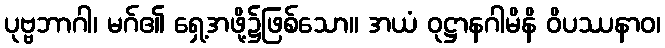
ပုဗ္ဗဘာဂါ၊ မဂ်၏ ရှေ့အဖို့၌ဖြစ်သော။ အယံ ဝုဋ္ဌာနဂါမိနိ ဝိပဿနာဝ၊